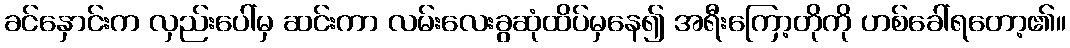
ခင်နှောင်းက လှည်းပေါ်မှ ဆင်းကာ လမ်းလေးခွဆုံထိပ်မှနေ၍ အရီးကြော့တိုကို ဟစ်ခေါ်ရတော့၏။